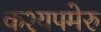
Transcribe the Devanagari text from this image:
कश्यपमेरु